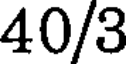
40/3